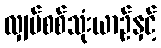
လျှပ်စစ်သုံးယာဉ်နှင့်